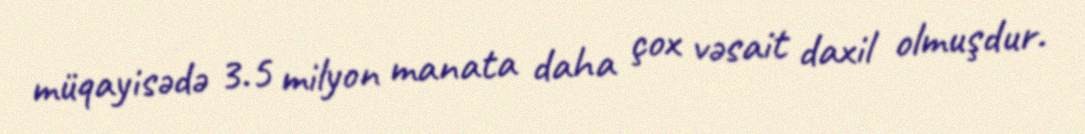
müqayisədə 3.5 milyon manata daha çox vəsait daxil olmuşdur.